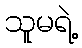
သူမရဲ့